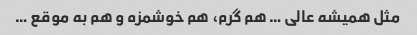
مثل همیشه عالی … هم گرم، هم خوشمزه و هم به موقع …